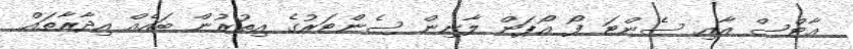
އާޓްސް އާއި ސެންޓަ ފޯ އޯޕަން ލާނިން ސެންޓަރުގެ އިތުރުން ބައެއް އިދާރާތައް